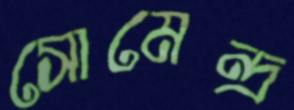
সোমেন্দ্র